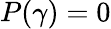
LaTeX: P(\gamma)=0